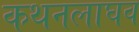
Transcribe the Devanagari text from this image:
कथनलाघव